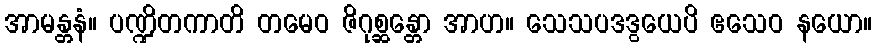
အာမန္တနံ။ ပဏ္ဍိတကာတိ တမေဝ ဇိဂုစ္ဆန္တော အာဟ။ သေသပဒဒွယေပိ ဧသေဝ နယော။